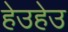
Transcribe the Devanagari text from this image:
हेउहेउ